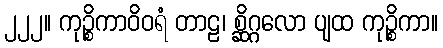
၂၂၂။ ကုဉ္စိကာဝိဝရံ တာဠ၊ စ္ဆိဂ္ဂလော ပျထ ကုဉ္စိကာ။